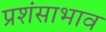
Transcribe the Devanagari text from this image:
प्रशंसाभाव